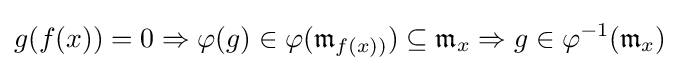
g(f(x))=0\Rightarrow \varphi (g)\in \varphi ({\mathfrak {m}}_{f(x))})\subseteq {\mathfrak {m}}_{x}\Rightarrow g\in \varphi ^{-1}({\mathfrak {m}}_{x})